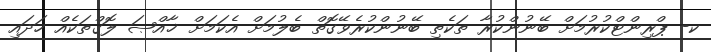
ކ- ޕްރިންޓްކުރުމަށް ބޭނުންކުރާ ތަކެތި ބޭނުންކުރެވޭގޮތް ބެލުމަށް އެކަމަށް ޚާއްޞަ ލޮގްތަކެއް ހަދައި